Cholera in India, 1862 to 1881
Year: 1862
Disease focus: Cholera
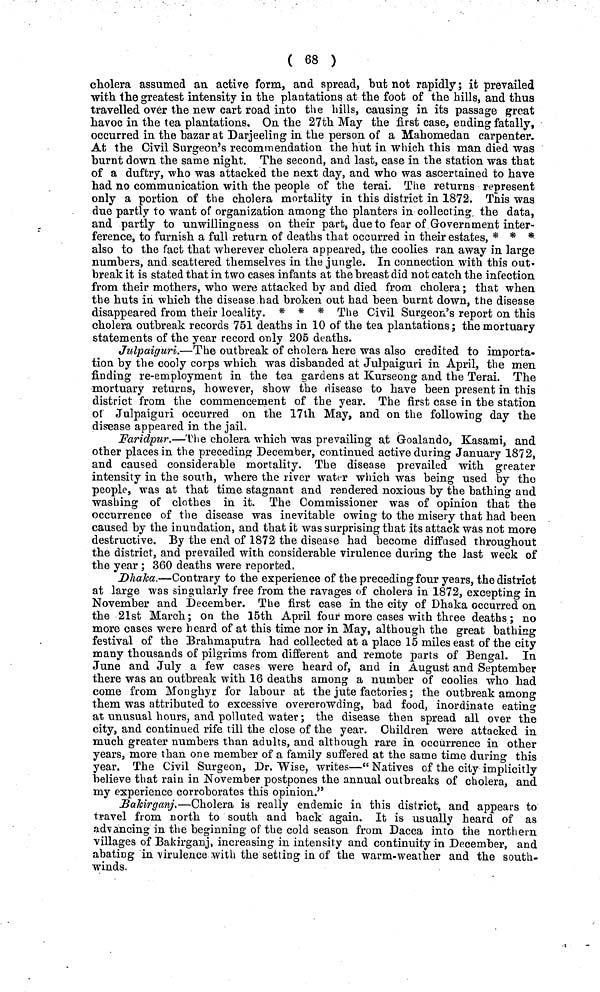
( 68 )
cholera assumed an active form, and spread, but not rapidly; it prevailed
with the greatest intensity in the plantations at the foot of the hills, and thus
travelled over the new cart road into the hills, causing in its passage great
havoc in the tea plantations. On the 27th May the first case, ending fatally,
occurred in the bazar at Darjeeling in the person of a Mahomedan carpenter.
At the Civil Surgeon's recommendation the hut in which this man died was
burnt down the same night. The second, and last, case in the station was that
of a duftry, who was attacked the next day, and who was ascertained to have
had no communication with the people of the terai. The returns represent
only a portion of the cholera mortality in this district in 1872. This was
due partly to want of organization among the planters in collecting the data,
and partly to unwillingness on their part, due to fear of Government inter-
ference, to furnish a full return of deaths that occurred in their estates, * * *
also to the fact that wherever cholera appeared, the coolies ran away in large
numbers, and scattered themselves in the jungle. In connection with this out'
break it is stated that in two cases infants at the breast did not catch the infection
from their mothers, who were attacked by and died from cholera; that when
the huts in which the disease had broken out had been burnt down, the disease
disappeared from their locality. * * * The Civil Surgeon's report on this
cholera outbreak records 751 deaths in 10 of the tea plantations; the mortuary
statements of the year record only 205 deaths.
Julpaiguri.—The outbreak of cholera here was also credited to importa-
tion by the cooly corps which was disbanded at Julpaiguri in April, the men
finding re-employment in the tea gardens at Kurseong and the Terai. The
mortuary returns, however, show the disease to have been present in this
district from the commencement of the year. The first case in the station
of Julpaiguri occurred on the 17th May, and on the following day the
disease appeared in the jail.
Faridpur.—The cholera which was prevailing at Goalando, Kasami, and
other places in the preceding December, continued active during January 1872,
and caused considerable mortality. The disease prevailed with greater
intensity in the south, where the river water which was being used by the
people, was at that time stagnant and rendered noxious by the bathing and
washing of clothes in it. The Commissioner was of opinion that the
occurrence of the disease was inevitable owing to the misery that had been
caused by the inundation, and that it was surprising that its attack was not more
destructive. By the end of 1872 the disease had become diffused throughout
the district, and prevailed with considerable virulence during the last week of
the year ; 360 deaths were reported,
Dhaka.—Contrary to the experience of the preceding four years, the district
at large was singularly free from the ravages of cholera in 1872, excepting in
November and December. The first case in the city of Dhaka occurred on
the 21st March; on the 15th April four more cases with three deaths; no
more cases were heard of at this time nor in May, although the great bathing
festival of the Brahmaputra had collected at a place 15 miles east of the city
many thousands of pilgrims from different and remote parts of Bengal. In
June and July a few cases were heard of, and in August and September
there was an outbreak with 16 deaths among a number of coolies who had
come from Monghyr for labour at the jute factories; the outbreak among
them was attributed to excessive overcrowding, bad food, inordinate eating
at unusual hours, and polluted water; the disease then spread all over the
city, and continued rife till the close of the year. Children were attacked in
much greater numbers than adults, and although rare in occurrence in other
years, more than one member of a family suffered at the same time during this
year. The Civil Surgeon, Dr. Wise, writes—" Natives of the city implicitly
believe that rain in November postpones the annual outbreaks of cholera, and
my experience corroborates this opinion."
Bakirganj.—Cholera is really endemic in this district, and appears to
travel from north to south and back again. It is usually heard of as
advancing in the beginning of the cold season from Dacca into the northern
villages of Bakirganj, increasing in intensity and continuity in December, and
abating in virulence with the setting in of the warm-weather and the south-
winds.